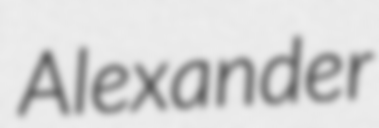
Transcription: Alexander